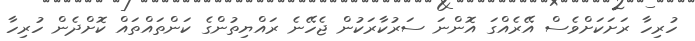
ހުރިހާ ރަށަކަށްވެސް އޭރެއްގަ އޮންނަ ސަރުކާރަކުން ޖެހޭނެ ރައްޔިތުންގެ ކަންތައްތައް ކޮށްދެން ހުރިހާ